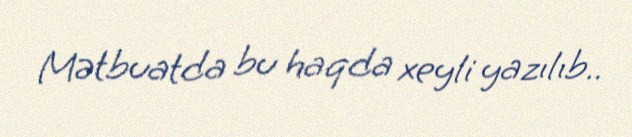
Mətbuatda bu haqda xeyli yazılıb..